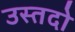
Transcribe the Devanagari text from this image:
उस्तदो